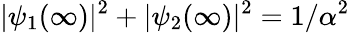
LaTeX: |\psi_{1}(\infty)|^{2}+|\psi_{2}(\infty)|^{2}=1/\alpha^{2}